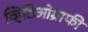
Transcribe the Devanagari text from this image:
व्हिडिओग्राफी